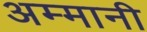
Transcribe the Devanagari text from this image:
अम्मानी